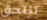
تلتحق